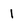
Character: 1